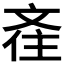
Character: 𣁑